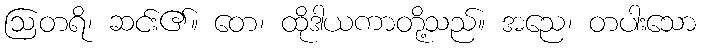
ဩတရိ၊ ဆင်း၏။ တေ၊ ထိုဒါယကာတို့သည်။ အညေ၊ တပါးသော